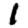
Digit: 1